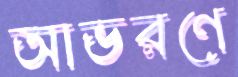
আভরণে